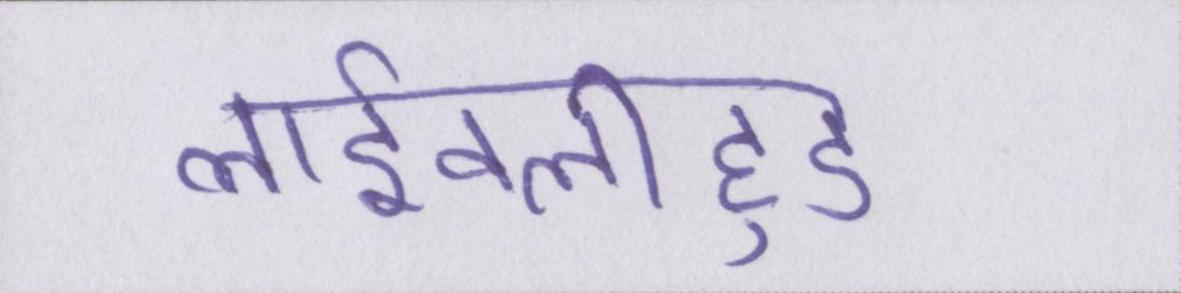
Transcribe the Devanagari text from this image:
लाईवलीहुड